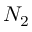
N _ { 2 }